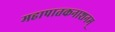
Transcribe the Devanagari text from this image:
महापातकनाशनम्‌